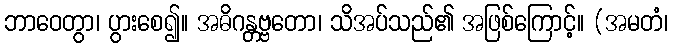
ဘာဝေတွာ၊ ပွားစေ၍။ အဓိဂန္တဗ္ဗတော၊ သိအပ်သည်၏ အဖြစ်ကြောင့်။ (အမတံ၊